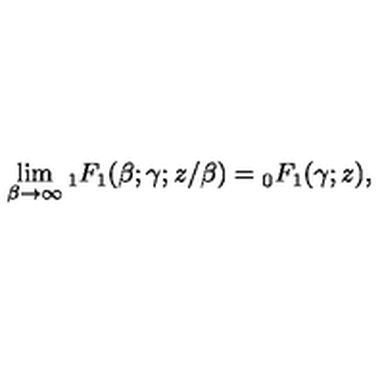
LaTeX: \lim _ { \beta \rightarrow \infty } { } _ { 1 } F _ { 1 } ( \beta ; \gamma ; z / \beta ) = { } _ { 0 } F _ { 1 } ( \gamma ; z ) ,